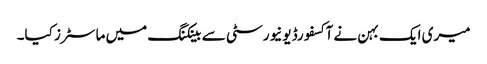
میری ایک بہن نے آکسفورڈ یونیورسٹی سے بینکنگ میں ماسٹرز کیا۔